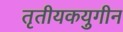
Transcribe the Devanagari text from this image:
तृतीयकयुगीन